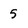
Character: 5